Report of the Indian Hemp Drugs Commission, 1894-1895 - Volume III
Year: 1894
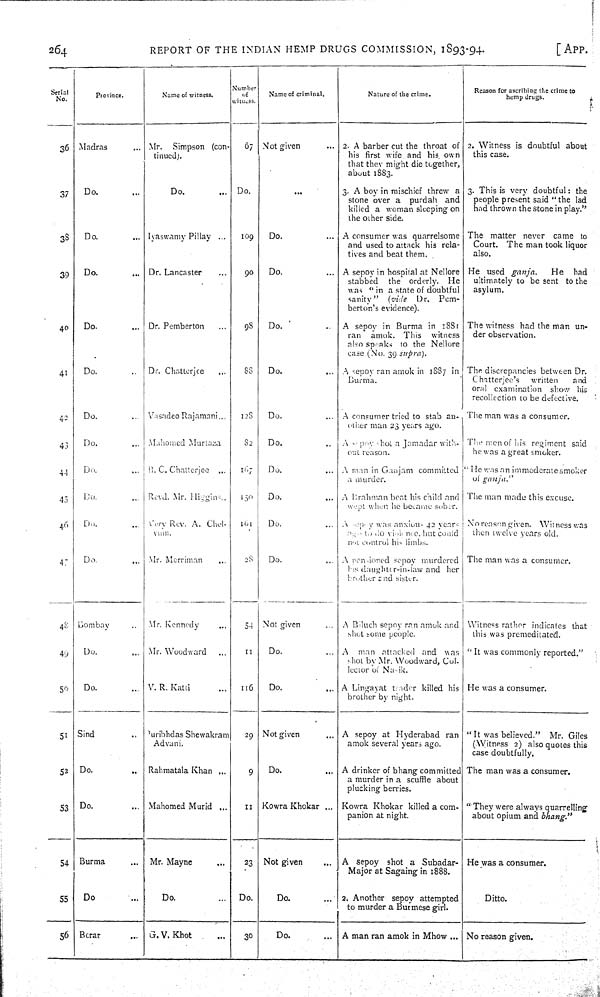
264
REPORT OF THE INDIAN HEMP DRUGS COMMISSION, 1893-94.
[APP.
Serial
No.
Province.
Name of witness.
Number
of
witness.
Name of criminal.
Nature of the crime.
Reason for ascribing the crime to
hemp drugs.
36 Madras
Mr. Simpson (con-
tinued).
67
Not given
2. A barber cut the throat of
his first wife and his own
that they might die together,
about 1883.
2. Witness is doubtful about
this case.
37
Do.
Do.
Do.
3. A boy in mischief threw a
stone over a purdah and
killed a woman sleeping on
the other side.
3. This is very doubtful; the
people present said "the lad
had thrown the stone in play."
38
Do.
Iyaswamy Pillay
109
Do.
A consumer was quarrelsome
and used to attack his rela-
tives and beat them.
The matter never came to
Court. The man took liquor
also.
39
Do.
Dr. Lancaster
90 Do.
A sepoy in hospital at Nellore
stabbed the orderly. He
was "in a state of doubtful
sanity" (vide Dr. Pem-
berton's evidence).
He used ganja.
He had
ultimately to be sent to the
asylum.
40
Do.
Dr. Pemberton
98
Do.
A sepoy in Burma in 1881
ran amok. This witness
also speaks to the Nellore
case (No. 39 supra).
The witness had the man un-
der observation.
41
Do.
Dr. Chatterjee
88
Do.
A sepoy ran amok in 1887 in
Burma.
The discrepancies between Dr.
Chatterjee's
written
and
oral examination show his
recollection to be defective.
42
Do.
Vasadeo Rajamani
128
Do.
A consumer tried to stab an-
other man 23 years ago.
The man was a consumer.
43
Do.
Mahomed Murtaza
82
Do.
A sepoy shot a Jamadar with-
out reason.
The men of his regiment said
he was a great smoker.
44
Do.
B. C. Chatterjee
167
Do.
A man in Ganjam committed
a murder.
"He was an immoderate smoker
of ganja."
45
Do.
Revd. Mr. Higgins
150
Do.
A Brabman beat his child and
wept when he became sober.
The man made this excuse.
46
Do.
Very Rev. A. Chel-
vum.
161
Do.
A sepoy was anxious 42 year
ago to do violence but could
not control his limbs.
No reason given. Witness was
then twelve years old.
47
Do.
Mr. Merriman
28
Do.
A pensioned sepoy murdered
his daughter-in-law and her
brother and sister.
The man was a consumer.
48 Bombay
Mr. Kennedy
54 Not given
A Biluch sepoy ran amok and
shot some people.
Witness rather indicates that
this was premeditated.
49
Do.
Mr. Woodward
11
Do.
A man attacked and was
shot by Mr. Woodward, Col.
lector of Nasik.
"It was commonly reported."
50
Do.
V. R. Katti
116
Do.
A Lingayat tender killed his
brother by night.
He was a consumer.
51
Sind
Puribhdas Shewakram
Advani.
29 Not given
A sepoy at Hyderabad ran
amok several years ago.
"It was believed." Mr. Giles
(Witness 2) also quotes this
case doubtfully.
52 Do.
Rahmatala Khan
9
Do.
A drinker of bhang committed
a murder in a scuffle about
plucking berries.
The man was a consumer.
53 Do.
Mahomed Murid
11 Kowra Khokar
Kowra Khokar killed a com-
panion at night.
"They were always quarrelling
about opium and bhang."
54 Burma
Mr. Mayne
23
Not given
A sepoy shot a Subadar-
Major at Sagaing in 1888.
He was a consumer.
55
Do
Do.
Do.
Do.
2. Another sepoy attempted
to murder a Burmese girl.
Ditto.
56 Borar
G. V. Khot
30
Do.
A man ran amok in Mhow
No reason given.